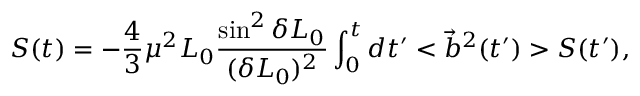
S ( t ) = - \frac 4 3 \mu ^ { 2 } L _ { 0 } \frac { \sin ^ { 2 } \delta L _ { 0 } } { ( \delta L _ { 0 } ) ^ { 2 } } \int _ { 0 } ^ { t } d t ^ { \prime } < \vec { b } ^ { 2 } ( t ^ { \prime } ) > S ( t ^ { \prime } ) ,